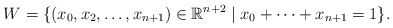
\begin{align*}W = \{ (x_0, x_2, \dots, x_{n+1}) \in \mathbb{R}^{n+2} \mid x_0 + \cdots + x_{n+1} = 1 \}.\end{align*}